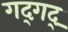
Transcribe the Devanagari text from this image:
गद्‍गद्